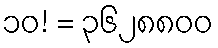
၁၀! = ၃၆၂၈၈၀၀